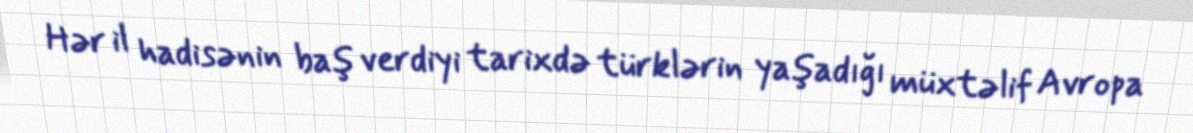
Hər il hadisənin baş verdiyi tarixdə türklərin yaşadığı müxtəlif Avropa